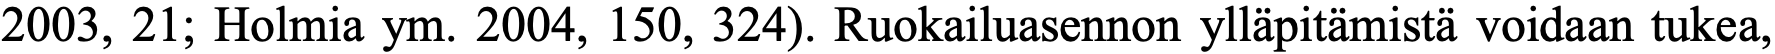
2003, 21; Holmia ym. 2004, 150, 324). Ruokailuasennon ylläpitämistä voidaan tukea,